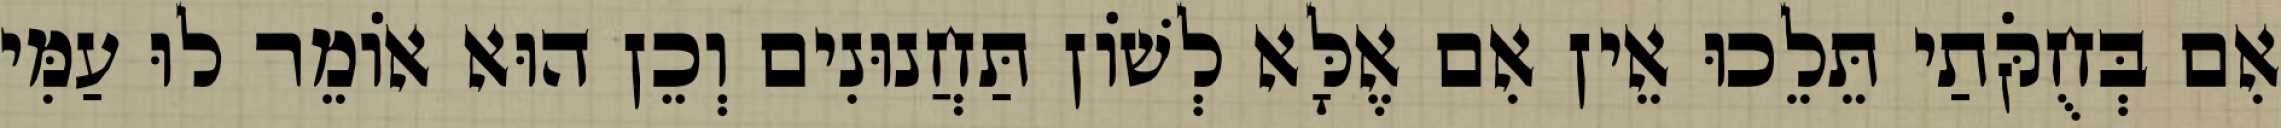
אִם בְּחֻקֹּתַי תֵּלֵכוּ אֵין אִם אֶלָּא לְשׁוֹן תַּחֲנוּנִים וְכֵן הוּא אוֹמֵר לוּ עַמִּי